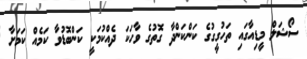
ސޯޝަލް މީޑިއާގައި ތަހުގީގުގެ ކަންކަންދާ ގޮތުގެ ވާހަކަ ދެއްކުމަކީ ކަންބޮޑުވާ ކަމެއް ކަމަށާ